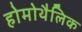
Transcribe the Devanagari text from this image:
होमोथैलिक